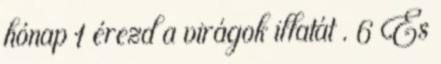
hónap 1 érezd a virágok illatát . 6 És